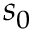
s _ { 0 }